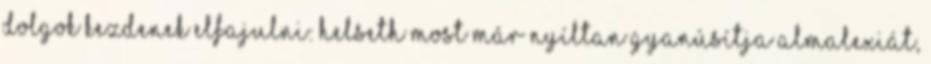
dolgok kezdenek elfajulni: Helseth most már nyíltan gyanúsítja Almalexiát,